Scientific memoirs by medical officers of the Army of India - Part II,
Year: 1886
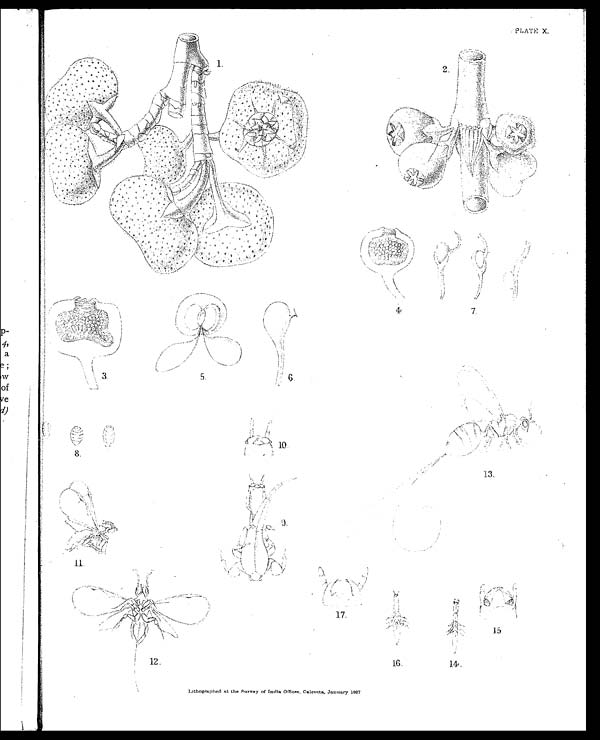
PLATE X.
Lithographed at the Survey of India Offices, Calcutta, January 1887